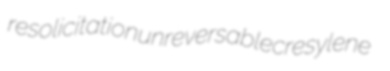
resolicitation unreversable cresylene